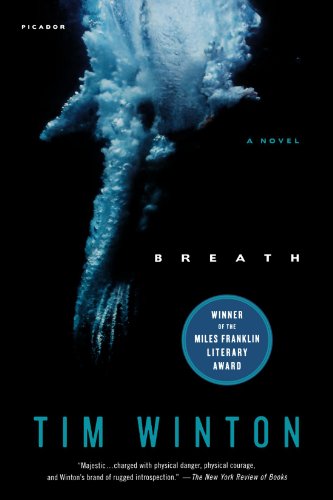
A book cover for Breath: A Novel; Tim Winton; Literature & Fiction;